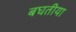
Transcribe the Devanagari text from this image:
बघतीया